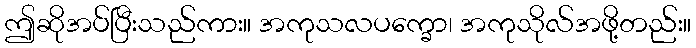
ဤဆိုအပ်ပြီးသည်ကား။ အကုသလပက္ခော၊ အကုသိုလ်အဖို့တည်း။